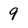
Character: 9